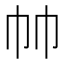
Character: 𰏒